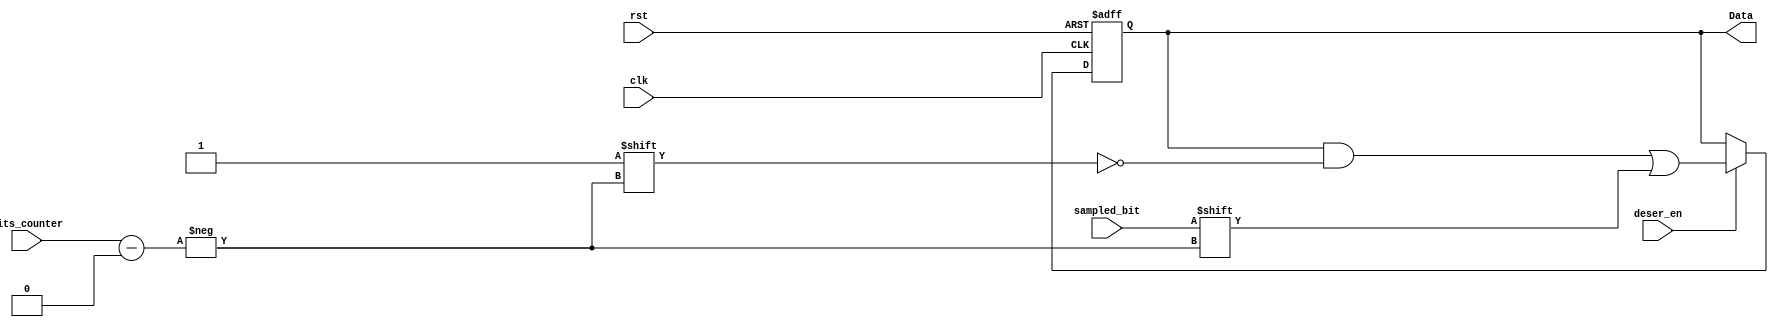
module Deserializer #(
    parameter bits_couner_size='d3 , Data_size='d8
) (
    input  wire sampled_bit,
    input  wire clk        ,
    input  wire rst        , 
    input  wire deser_en   ,
    input  wire [bits_couner_size-1:0] bits_counter, 
    output reg  [Data_size-1:0] Data 

);

always @(posedge clk or negedge rst) begin
    if (!rst) begin
        Data<='b0;
    end else if(deser_en) begin
        Data[bits_counter]<=sampled_bit;
        //! the enable siganl should be only at the last clock now there is some glitch switching
       //Data<={sampled_bit,Data[Data_size-1:1]};
    end
end
    
endmodule